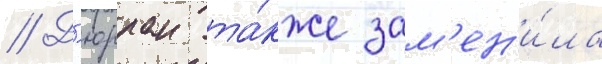
// Д'юрран та́кже зам'ен'и́ла